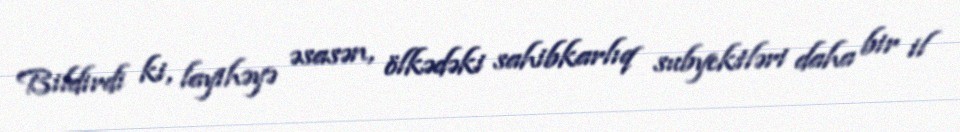
Bildirdi ki, layihəyə əsasən, ölkədəki sahibkarlıq subyektləri daha bir il